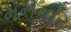
મનવીર